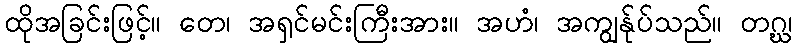
ထိုအခြင်းဖြင့်။ တေ၊ အရှင်မင်းကြီးအား။ အဟံ၊ အကျွန်ုပ်သည်။ တဂ္ဃ၊